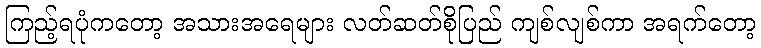
ကြည့်ရပုံကတော့ အသားအရေများ လတ်ဆတ်စိုပြည် ကျစ်လျစ်ကာ အရက်တော့